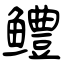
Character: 鳢